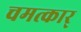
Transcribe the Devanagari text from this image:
चमत्कार्